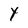
Character: Y